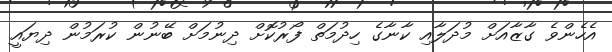
އެހެންވެ ގާޒާއަށް މުދަލާއި ކާނާގެ ހިދުމަތް ފޯރުކޮށް ދިނުމަށް ބޭނުން ކުރަމުން ދިޔައީ